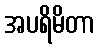
အပရိမိတာ